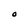
Character: O